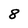
Character: 8